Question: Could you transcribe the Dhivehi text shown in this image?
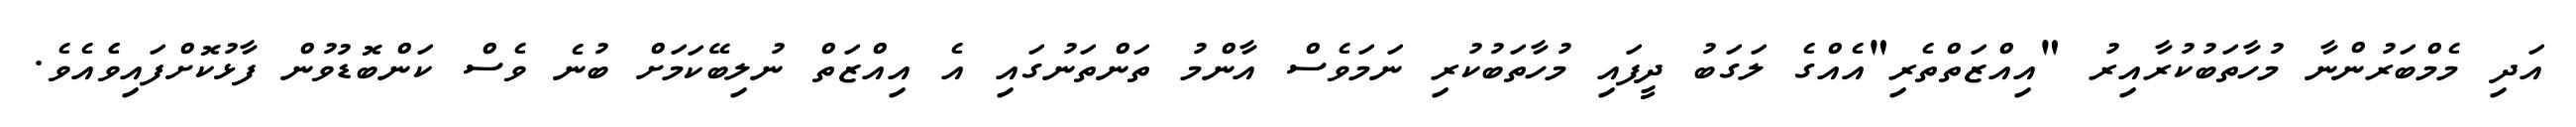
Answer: އަދި މެމްބަރުންނާ މުހާތަބުކުރާއިރު "އިއްޒަތްތެރި"އެއްގެ ލަގަބު ދީފައި މުހާތަބުކުރި ނަމަވެސް އާންމު ތަންތަނުގައި އެ އިއްޒަތް ނުލިބޭކަމަށް ބުނެ ވެސް ކަންބޮޑުވުން ފާޅުކޮށްފައިވެެއެވެ.